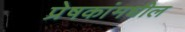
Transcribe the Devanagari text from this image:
प्रेषकांमधील